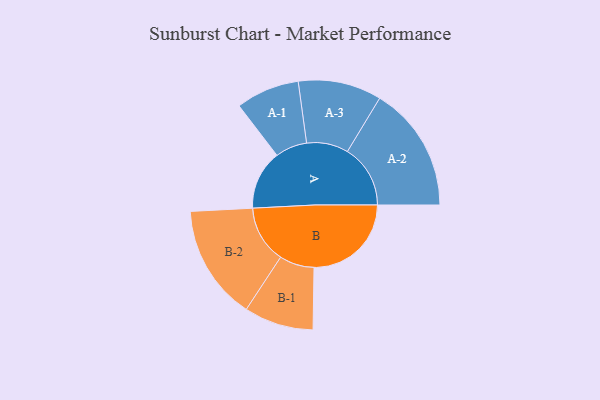
{"axis": {"x": "Segment", "y": "Value"}, "legend": ["", "A", "B"], "data": [{"x": "A", "y": 282, "type": ""}, {"x": "B", "y": 462, "type": ""}, {"x": "A-1", "y": 151, "type": "A"}, {"x": "A-2", "y": 299, "type": "A"}, {"x": "A-3", "y": 198, "type": "A"}, {"x": "B-1", "y": 165, "type": "B"}, {"x": "B-2", "y": 273, "type": "B"}]}